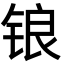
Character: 锒